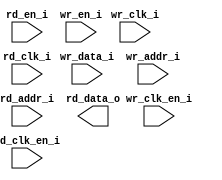
/*******************************************************************************
    Verilog netlist generated by IPGEN Radiant
    Soft IP Version: 1.0.0
    Wed May 23 14:56:49 2018
*******************************************************************************/
/*******************************************************************************
    Wrapper Module generated per user settings.
*******************************************************************************/
module dpram1024x8 (wr_clk_i, rd_clk_i, wr_clk_en_i, rd_en_i, rd_clk_en_i,
    wr_en_i, wr_data_i, wr_addr_i, rd_addr_i, rd_data_o)/* synthesis syn_black_box syn_declare_black_box=1 */;
    input  wr_clk_i;
    input  rd_clk_i;
    input  wr_clk_en_i;
    input  rd_en_i;
    input  rd_clk_en_i;
    input  wr_en_i;
    input  [7:0]  wr_data_i;
    input  [9:0]  wr_addr_i;
    input  [9:0]  rd_addr_i;
    output  [7:0]  rd_data_o;
endmodule